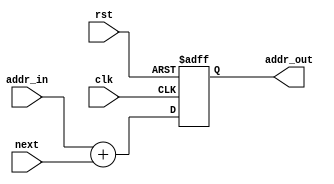
`timescale 1ns / 1ns
/*
increment pc
*/
module PC_adder(
  input clk,rst,
  input next,
  input [15:0] addr_in,
  output reg [15:0] addr_out
  );
  always @ (posedge rst, posedge clk)begin
    if(rst) begin 
      addr_out<=16'd0;
    end
    else begin
    addr_out<=addr_in+next;
  end
  end
endmodule